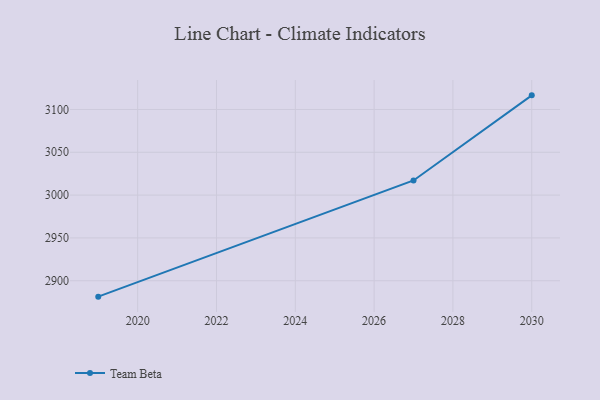
{"axis": {"x": "Year", "y": "Page Views"}, "legend": ["Team Beta"], "data": [{"x": "2030", "y": 3116.5, "type": "Team Beta"}, {"x": "2027", "y": 3017.1, "type": "Team Beta"}, {"x": "2019", "y": 2881.4, "type": "Team Beta"}]}